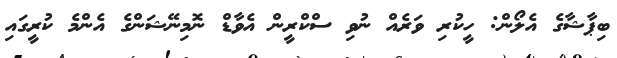
ބިޕާޝާގެ އެލޯން: ހީކުރި ވަރެއް ނުވި ސްކްރީން އެވާޑް ނޮމިނޭޝަންގެ އެންމެ ކުރީގައި